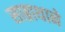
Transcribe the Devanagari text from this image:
साब्राथाने